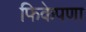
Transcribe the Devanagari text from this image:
फिकेपणा